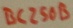
Text: BC250B